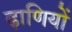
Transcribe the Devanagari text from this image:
ढ़ाणियों